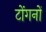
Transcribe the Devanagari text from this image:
टोंगनों